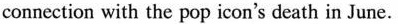
connection with the pop icon's death in June.